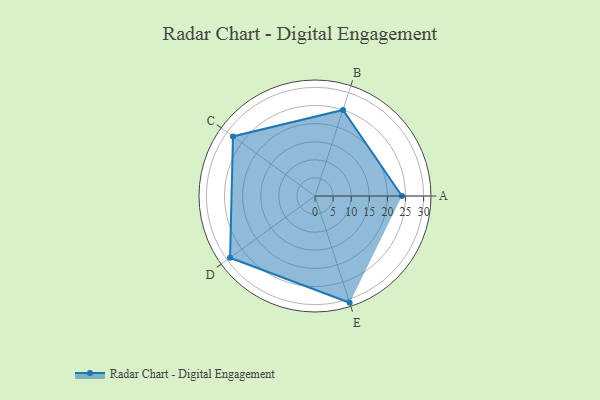
{"axis": {"x": "Skill", "y": "Score"}, "legend": ["Profile"], "data": [{"x": "A", "y": 24.0, "type": "Profile"}, {"x": "B", "y": 25.0, "type": "Profile"}, {"x": "C", "y": 28.0, "type": "Profile"}, {"x": "D", "y": 29.0, "type": "Profile"}, {"x": "E", "y": 31.0, "type": "Profile"}]}